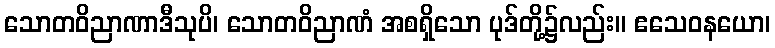
သောတဝိညာဏာဒီသုပိ၊ သောတဝိညာဏံ အစရှိသော ပုဒ်တို့၌လည်း။ ဧသေဝနယော၊